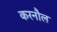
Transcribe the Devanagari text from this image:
करनौल